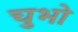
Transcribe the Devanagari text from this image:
चुभो